Annual report on the Civil Veterinary Department, Burma (including the Insein Veterinary School) - 1923-1931
Year: 1923
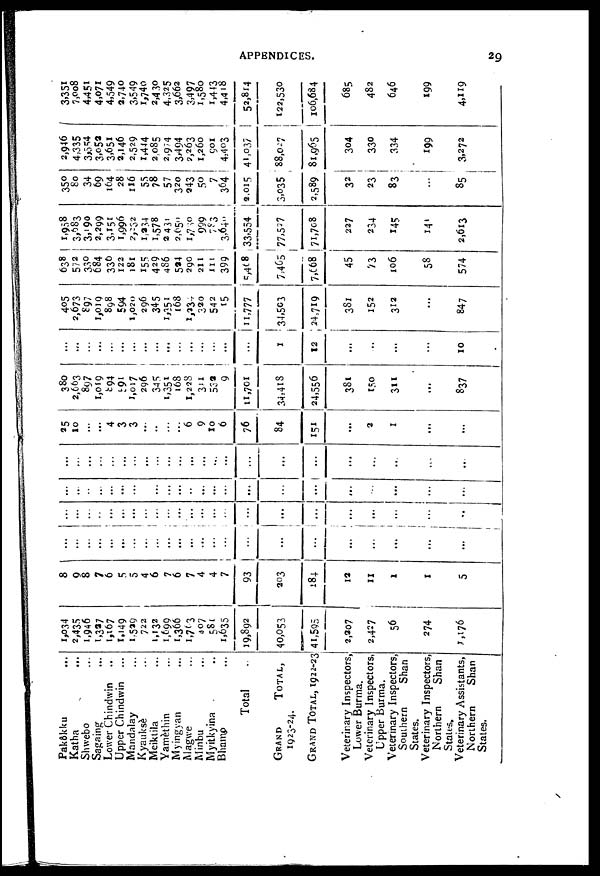
APPENDICES.
29
Pakôkku ...
Katha ...
Shwebo ...
Sagaing ...
Lower Chindwin ...
Upper Chindwin ...
Mandalay ...
Kyauksè ...
Meiktila ...
Yamethin ...
Myingyan ...
Magwe ...
Minbu ...
Myitkyina ...
Bhamo ...
Total ...
GRAND
TOTAL,
1923-24.
GRAND TOTAL, 1922-23
Veterinary Inspectors,
Lower Burma.
Veterinary Inspectors,
Upper Burma.
Veterinary Inspectors,
Southern
Shan
States.
Veterinary Inspectors,
Northern
Shan
States.
Veterinary Assistants,
Northern
Shan
States.
1,034
2,435
1,946
1,327
1,167
1,149
1,529
722
1,132
1,699
1,366
1,703
407
581
1,635
19,892
40,053
41,595
2,207
2,427
56
274
1,176
8
9
8
7
6
5
5
4
6
7
6
7
4
4
7
93
203
184
12
11
1
1
5
...
...
...
...
...
...
...
...
...
...
...
...
...
...
...
...
...
...
...
...
...
...
...
...
...
...
...
...
...
...
...
...
...
...
...
...
...
...
...
...
...
...
...
...
...
..
...
...
...
...
...
...
...
...
...
...
...
...
...
...
...
...
...
...
...
...
...
...
...
...
...
...
...
...
...
...
...
...
...
...
...
...
...
...
...
...
...
...
...
...
...
..
25
10
...
...
4
3
3
...
...
...
...
6
9
10
6
76
84
151
...
2
1
...
...
380
2,663
897
1,019
894
891
1,017
296
345
1,351
168
1,228
341
532
9
11,701
34,418
24,556
381
150
311
...
837
...
...
...
...
...
...
...
...
...
...
...
...
...
...
...
...
1
12
...
...
...
...
...
10
405
2,673
897
1,019
898
£94
1,020
296
345
1,351
168
1,231
320
542
15
11,777
34,503
24,719
381
152
312
...
847
638
572
33°
684
336
122
181
155
429
486
524
290
211
111
399
5,408
7,465
7,668
45
73
106
58
574
1,958
3,983
3,190
2,299
3,151
1,996
2,252
1,234
1,578
2,431
2,050
1,750
999
783
3,640
33,554
77,527
71,708
227
234
145
141
2,613
350
So
34
69
164
28
116
55
78
57
320
243
50
7
364
2,015
3,035
2,589
32
23
83
...
85
2,946
4,335
3,554
3,052
3,651
2,146
2,529
1,444
2085
2,944
3,494
2,263
1,260
901
4,403
41,037
88,027
81,965
304
330
334
199
3,272
3,351
7,008
4,451
4,071
4,549
2,740
3,549
1,740
2,430
4,325
3,662
3,497
1,580
1,443
4,418
52,814
122,530
106,684
685
482
646
199
4,119